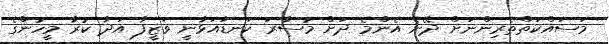
މަސައްކަތްތެރިންނަށް ދޭނެ އެންމެ ދަށް މުސާރަ ކަނޑައަޅާނީ ވަޒީފާ އަދާ ކުރާ މީހުންގެ